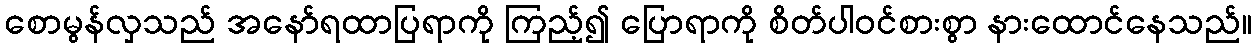
စောမွန်လှသည် အနော်ရထာပြရာကို ကြည့်၍ ပြောရာကို စိတ်ပါဝင်စားစွာ နားထောင်နေသည်။